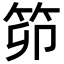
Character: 笷